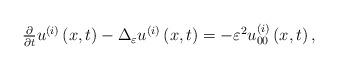
LaTeX: \begin{align*}\begin{array}{l}\frac{\partial }{\partial t}u^{\left( i\right) }\left( x,t\right) -\Delta_{\varepsilon }u^{\left( i\right) }\left( x,t\right) =-\varepsilon^{2}u_{00}^{\left( i\right) }\left( x,t\right) ,\end{array}\end{align*}